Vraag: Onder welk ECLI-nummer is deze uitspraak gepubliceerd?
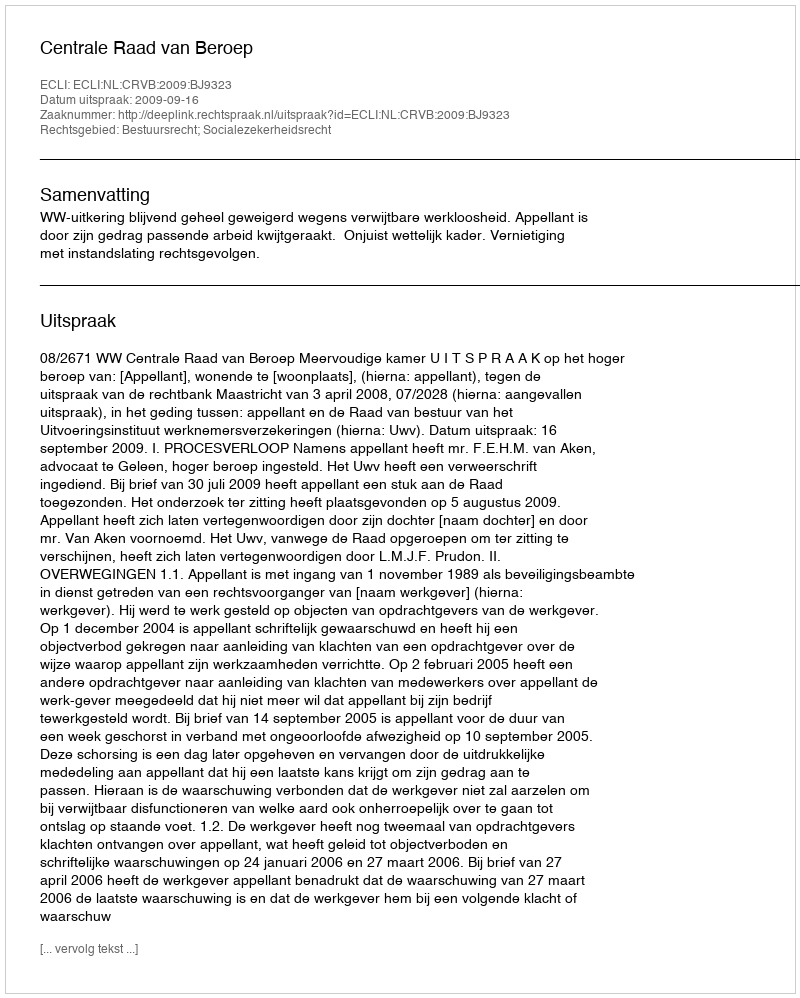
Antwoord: ECLI:NL:CRVB:2009:BJ9323